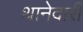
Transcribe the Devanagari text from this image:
थानेदारी